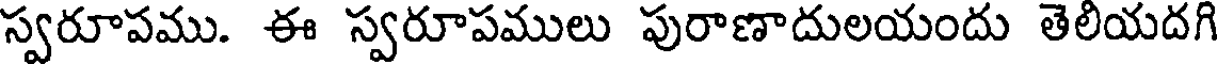
స్వరూపము. ఈ స్వరూపములు పురాణాదులయందు తెలియదగి